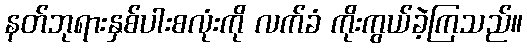
နတ်ဘုရားနှစ်ပါးစလုံးကို လက်ခံ ကိုးကွယ်ခဲ့ကြသည်။